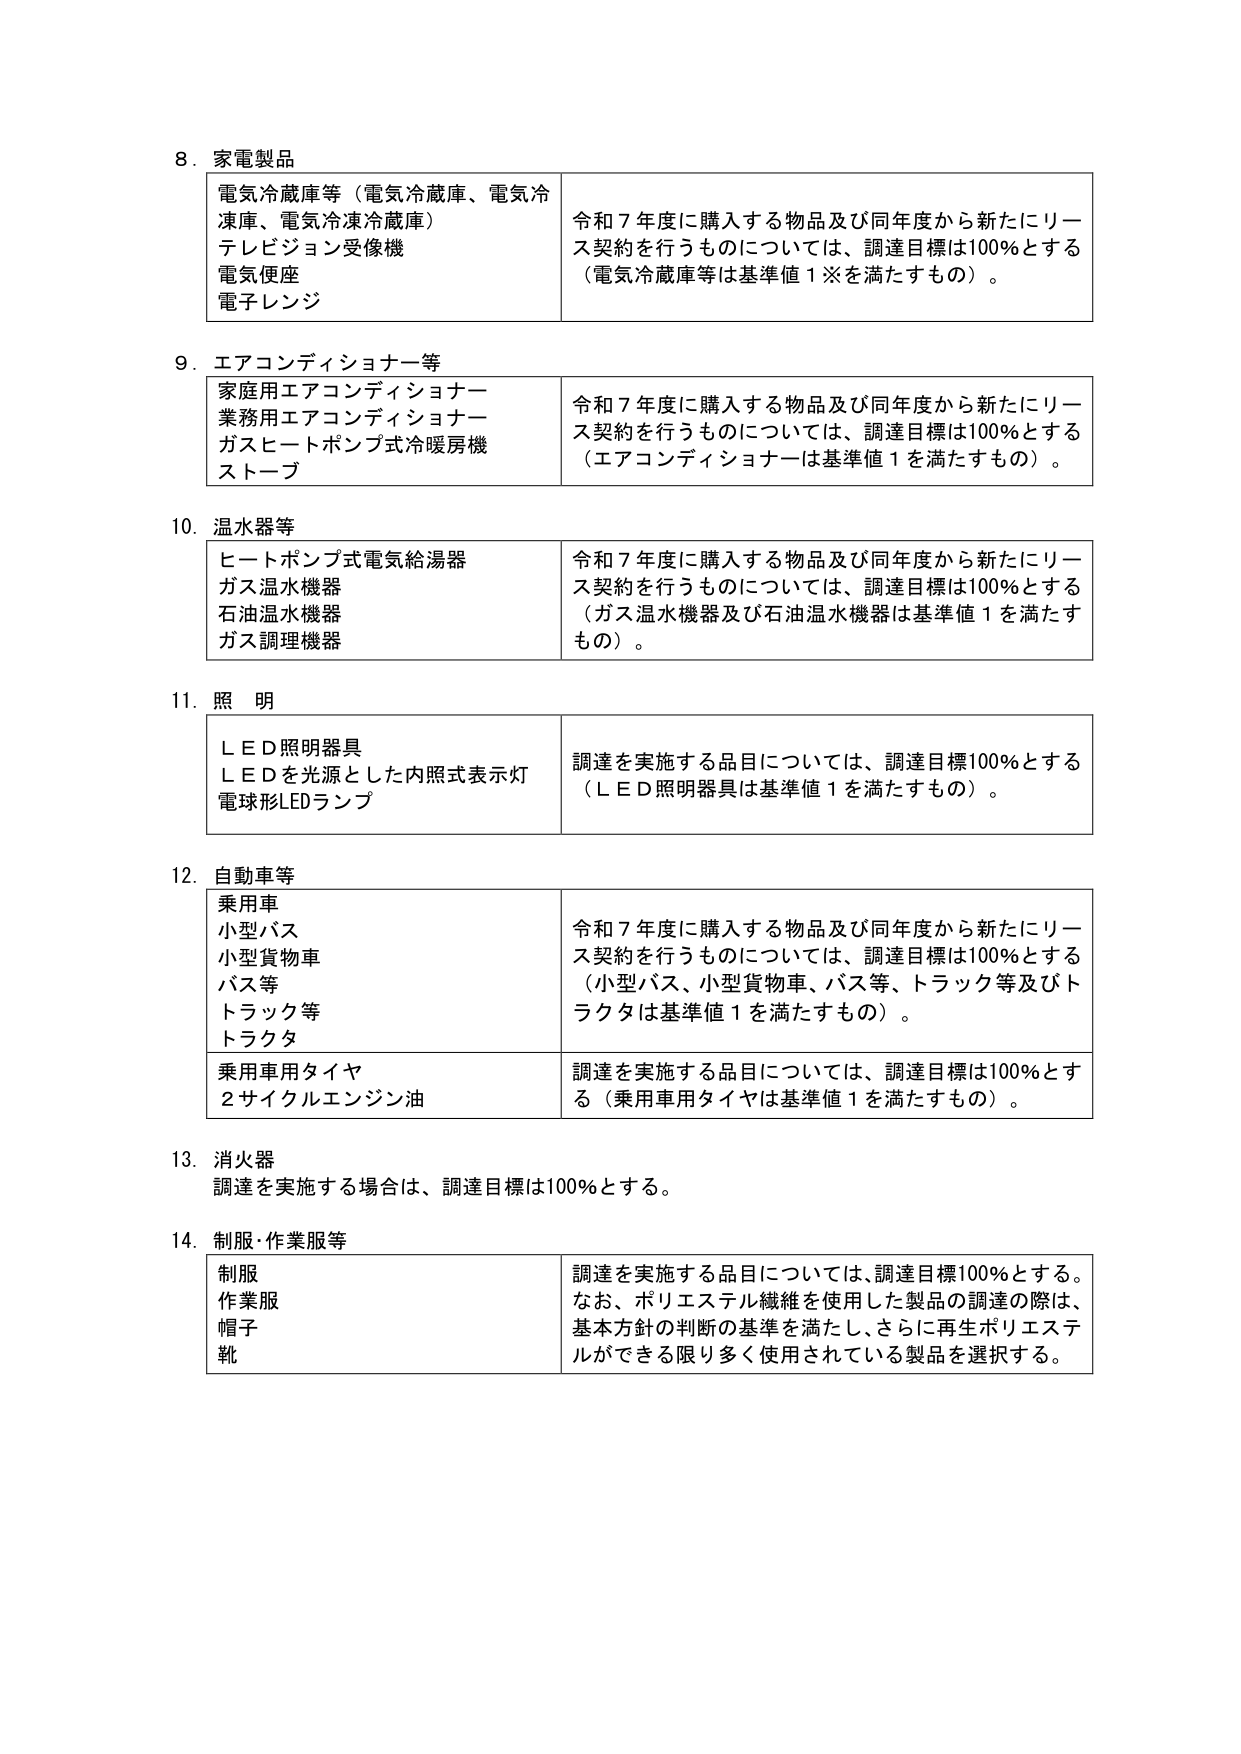
8. 家電製品
電気冷蔵庫等（電気冷蔵庫、電気冷凍庫、電気冷凍冷蔵庫）
テレビジョン受像機
電気便座
電子レンジ
令和7年度に購入する物品及び同年度から新たにリース契約を行うものについては、調達目標は100％とする（電気冷蔵庫等は基準値1※を満たすもの）。

9. エアコンディショナー等
家庭用エアコンディショナー
業務用エアコンディショナー
ガスヒートポンプ式冷暖房機
ストーブ
令和7年度に購入する物品及び同年度から新たにリース契約を行うものについては、調達目標は100％とする（エアコンディショナーは基準値1を満たすもの）。

10. 温水器等
ヒートポンプ式電気給湯器
ガス温水機器
石油温水機器
ガス調理機器
令和7年度に購入する物品及び同年度から新たにリース契約を行うものについては、調達目標は100％とする（ガス温水機器及び石油温水機器は基準値1を満たすもの）。

11. 照明
ＬＥＤ照明器具
ＬＥＤを光源とした内照式表示灯
電球形LEDランプ
調達を実施する品目については、調達目標100％とする（ＬＥＤ照明器具は基準値1を満たすもの）。

12. 自動車等
乗用車
小型バス
小型貨物車
バス等
トラック等
トラクタ
令和7年度に購入する物品及び同年度から新たにリース契約を行うものについては、調達目標は100％とする（小型バス、小型貨物車、バス等、トラック等及びトラクタは基準値1を満たすもの）。
乗用車用タイヤ
2サイクルエンジン油
調達を実施する品目については、調達目標は100％とする（乗用車用タイヤは基準値1を満たすもの）。

13. 消火器
調達を実施する場合は、調達目標は100％とする。

14. 制服・作業服等
制服
作業服
帽子
靴
調達を実施する品目については、調達目標100％とする。なお、ポリエステル繊維を使用した製品の調達の際は、基本方針の判断の基準を満たし、さらに再生ポリエステルができる限り多く使用されている製品を選択する。